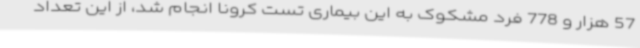
57 هزار و 778 فرد مشکوک به این بیماری تست کرونا انجام شد، از این تعداد